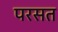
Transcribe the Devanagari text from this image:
परसत